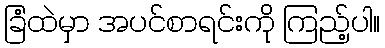
ခြံထဲမှာ အပင်စာရင်းကို ကြည့်ပါ။